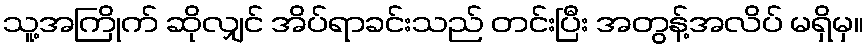
သူ့အကြိုက် ဆိုလျှင် အိပ်ရာခင်းသည် တင်းပြီး အတွန့်အလိပ် မရှိမှ။